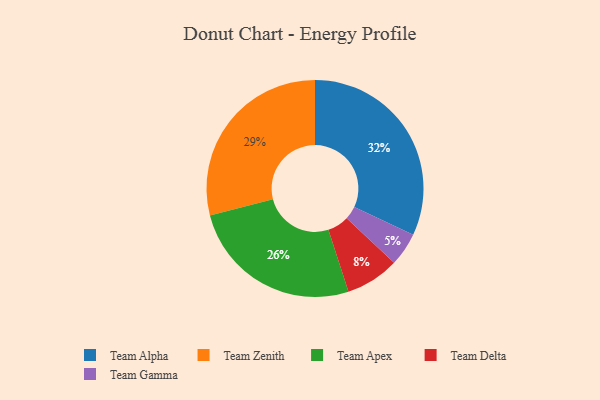
{"axis": {"x": "Category", "y": "Percentage"}, "legend": ["Team Alpha", "Team Apex", "Team Delta", "Team Gamma", "Team Zenith"], "data": [{"x": "Team Apex", "y": 26, "type": "Team Apex"}, {"x": "Team Gamma", "y": 5, "type": "Team Gamma"}, {"x": "Team Alpha", "y": 32, "type": "Team Alpha"}, {"x": "Team Zenith", "y": 29, "type": "Team Zenith"}, {"x": "Team Delta", "y": 8, "type": "Team Delta"}]}